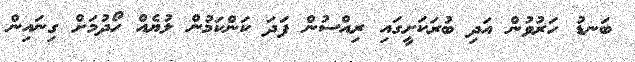
ބަނޑު ހަރުވުން އަދި ބުރަކަށީގައި ރިއްސުން ފަދަ ކަންކަމުން ލުޔެއް ހޯދުމަށް ގިނައިން